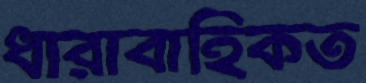
ধারাবাহিকত